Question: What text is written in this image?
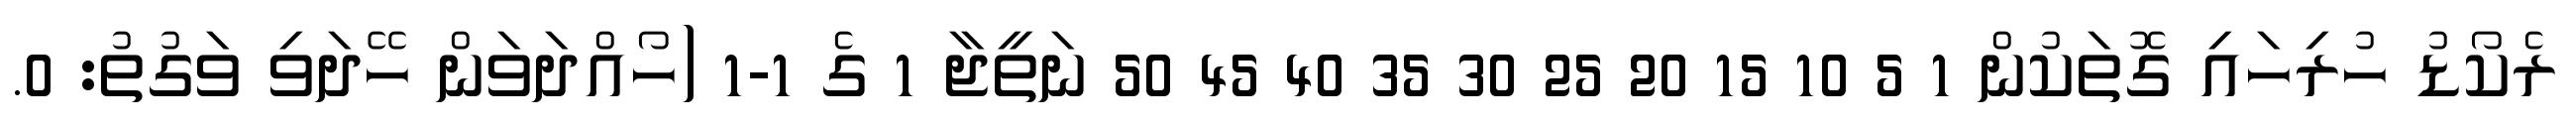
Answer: ރެކޯޑު ހުރިހައި ގޮތަކުން 1 5 10 15 20 25 30 35 40 45 50 ނަތީޖާ 1 ގެ 1-1 (ހޯއްދަވަން ހޭދަވި ވަގުތު: 0.